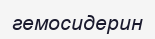
гемосидерин